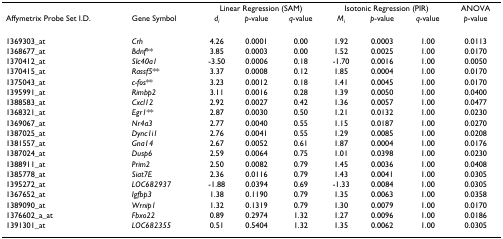
<table><thead><tr><td></td><td></td><td colspan="3"><b>Linear Regression (SAM)</b></td><td colspan="3"><b>Isotonic Regression (PIR)</b></td><td><b>ANOVA</b></td></tr><tr><td><b>Affymetrix Probe Set I.D.</b></td><td><b>Gene Symbol</b></td><td><b><i>d</i><sub><i>i</i></sub></b></td><td><b><i>p</i>-value</b></td><td><b><i>q</i>-value</b></td><td><b><i>M</i><sub><i>i</i></sub></b></td><td><b><i>p</i>-value</b></td><td><b><i>q</i>-value</b></td><td><b><i>p</i>-value</b></td></tr></thead><tbody><tr><td>1369303_at</td><td><i>Crh</i></td><td>4.26</td><td>0.0001</td><td>0.00</td><td>1.92</td><td>0.0003</td><td>1.00</td><td>0.0113</td></tr><tr><td>1368677_at</td><td><i>Bdnf</i>**</td><td>3.85</td><td>0.0003</td><td>0.00</td><td>1.52</td><td>0.0025</td><td>1.00</td><td>0.0170</td></tr><tr><td>1370412_at</td><td><i>Slc40a1</i></td><td>-3.50</td><td>0.0006</td><td>0.18</td><td>-1.70</td><td>0.0016</td><td>1.00</td><td>0.0050</td></tr><tr><td>1370415_at</td><td><i>Rassf5</i>**</td><td>3.37</td><td>0.0008</td><td>0.12</td><td>1.85</td><td>0.0004</td><td>1.00</td><td>0.0170</td></tr><tr><td>1375043_at</td><td><i>c-fos</i>**</td><td>3.23</td><td>0.0012</td><td>0.18</td><td>1.41</td><td>0.0045</td><td>1.00</td><td>0.0170</td></tr><tr><td>1395991_at</td><td><i>Rimbp2</i></td><td>3.11</td><td>0.0016</td><td>0.28</td><td>1.39</td><td>0.0050</td><td>1.00</td><td>0.0400</td></tr><tr><td>1388583_at</td><td><i>Cxcl12</i></td><td>2.92</td><td>0.0027</td><td>0.42</td><td>1.36</td><td>0.0057</td><td>1.00</td><td>0.0477</td></tr><tr><td>1368321_at</td><td><i>Egr1</i>**</td><td>2.87</td><td>0.0030</td><td>0.50</td><td>1.21</td><td>0.0132</td><td>1.00</td><td>0.0230</td></tr><tr><td>1369067_at</td><td><i>Nr4a3</i></td><td>2.77</td><td>0.0040</td><td>0.55</td><td>1.15</td><td>0.0187</td><td>1.00</td><td>0.0270</td></tr><tr><td>1387025_at</td><td><i>Dync1i1</i></td><td>2.76</td><td>0.0041</td><td>0.55</td><td>1.29</td><td>0.0085</td><td>1.00</td><td>0.0208</td></tr><tr><td>1381557_at</td><td><i>Gna14</i></td><td>2.67</td><td>0.0052</td><td>0.61</td><td>1.87</td><td>0.0004</td><td>1.00</td><td>0.0176</td></tr><tr><td>1387024_at</td><td><i>Dusp6</i></td><td>2.59</td><td>0.0064</td><td>0.75</td><td>1.01</td><td>0.0398</td><td>1.00</td><td>0.0230</td></tr><tr><td>1388911_at</td><td><i>Prim2</i></td><td>2.50</td><td>0.0082</td><td>0.79</td><td>1.45</td><td>0.0036</td><td>1.00</td><td>0.0408</td></tr><tr><td>1385778_at</td><td><i>Siat7E</i></td><td>2.36</td><td>0.0116</td><td>0.79</td><td>1.43</td><td>0.0041</td><td>1.00</td><td>0.0305</td></tr><tr><td>1395272_at</td><td><i>LOC682937</i></td><td>-1.88</td><td>0.0394</td><td>0.69</td><td>-1.33</td><td>0.0084</td><td>1.00</td><td>0.0305</td></tr><tr><td>1367652_at</td><td><i>Igfbp3</i></td><td>1.38</td><td>0.1190</td><td>0.79</td><td>1.35</td><td>0.0063</td><td>1.00</td><td>0.0358</td></tr><tr><td>1389090_at</td><td><i>Wrnip1</i></td><td>1.32</td><td>0.1319</td><td>0.79</td><td>1.30</td><td>0.0079</td><td>1.00</td><td>0.0170</td></tr><tr><td>1376602_a_at</td><td><i>Fbxo22</i></td><td>0.89</td><td>0.2974</td><td>1.32</td><td>1.27</td><td>0.0096</td><td>1.00</td><td>0.0186</td></tr><tr><td>1391301_at</td><td><i>LOC682355</i></td><td>0.51</td><td>0.5404</td><td>1.32</td><td>1.35</td><td>0.0062</td><td>1.00</td><td>0.0305</td></tr></tbody></table>